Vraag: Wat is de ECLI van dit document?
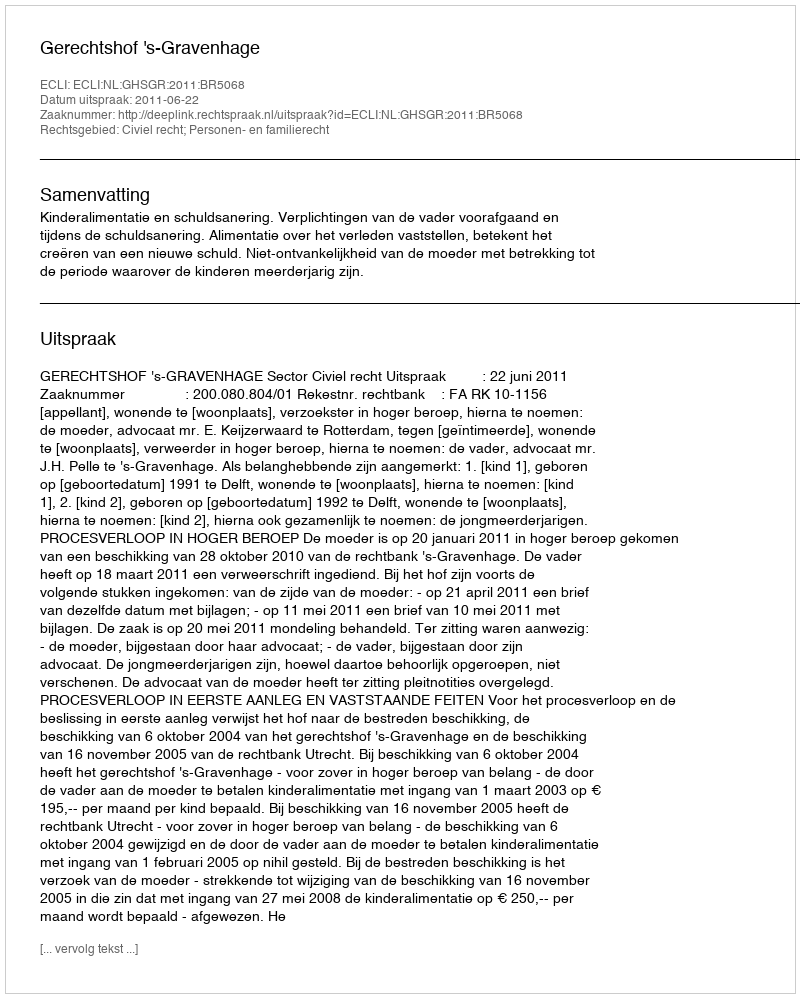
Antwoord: ECLI:NL:GHSGR:2011:BR5068